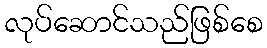
လုပ်ဆောင်သည်ဖြစ်စေ